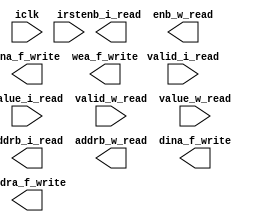
`timescale 1ns / 1ps
//////////////////////////////////////////////////////////////////////////////////
// Company: 
// Engineer: 
// 
// Design Name: 
// Module Name: conv_ctrlr
// Project Name: 
// Target Devices: 
// Tool Versions: 
// Description: 
// 
// Dependencies: 
// 
// Revision:
// Revision 0.01 - File Created
// Additional Comments:
// 
//////////////////////////////////////////////////////////////////////////////////


module conv_ctrlr #(
    parameter DATA_WIDTH = 16,
    parameter ADDR_WIDTH = 16
    )
    (
    input                            iclk,
    input                            irst,
    input                    valid_i_read,
    input  [DATA_WIDTH-1:0]  value_i_read,
    input                    valid_w_read,
    input  [DATA_WIDTH-1:0]  value_w_read,
    output                     enb_i_read,
    output [ADDR_WIDTH-1:0]  addrb_i_read,
    output                     enb_w_read,
    output [ADDR_WIDTH-1:0]  addrb_w_read,
    output                    ena_f_write,
    output                    wea_f_write,
    output [ADDR_WIDTH-1:0] addra_f_write,
    output [DATA_WIDTH-1:0]  dina_f_write
    );
    
    
    
    
endmodule